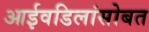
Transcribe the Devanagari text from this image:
आईवडिलांसोबत